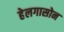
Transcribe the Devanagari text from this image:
हेलगासोन